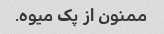
ممنون از پک میوه.